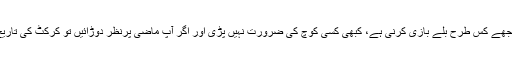
مجھے ٹیسٹ میچ یا سیریز کے دوران یہ سمجھنےکے لیے کہ مجھے کس طرح بلے بازی کرنی ہے، کبھی کسی کوچ کی ضرورت نہیں پڑی اور اگر آپ ماضی پرنظر دوڑائیں تو کرکٹ کی تاریخ کے عظیم ترین کھلاڑیوں کو بھی کوچ کی ضرورت نہیں رہی۔